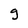
Character: g